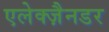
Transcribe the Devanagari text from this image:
एलेक्ज़ैनडर